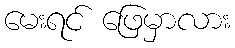
မေးရင် ဖြေမှာလား